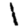
Digit: 1